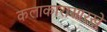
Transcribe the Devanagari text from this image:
कलाकारासारखे